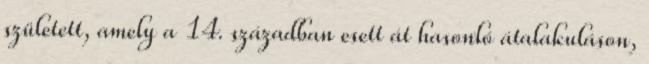
született, amely a 14. században esett át hasonló átalakuláson,